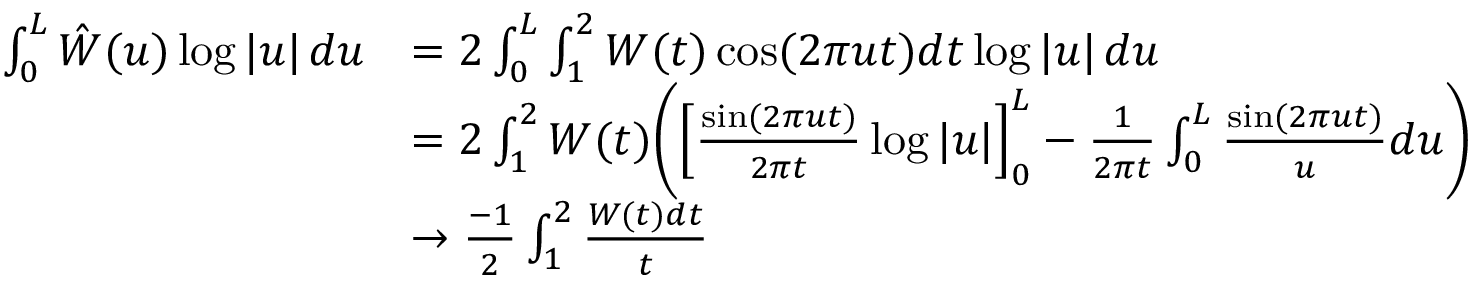
\begin{array} { r l } { \int _ { 0 } ^ { L } \hat { W } ( u ) \log | u | \, d u } & { = 2 \int _ { 0 } ^ { L } \int _ { 1 } ^ { 2 } W ( t ) \cos ( 2 \pi u t ) d t \log | u | \, d u } \\ & { = 2 \int _ { 1 } ^ { 2 } W ( t ) \biggl ( \Bigl [ \frac { \sin ( 2 \pi u t ) } { 2 \pi t } \log | u | \Bigr ] _ { 0 } ^ { L } - \frac { 1 } { 2 \pi t } \int _ { 0 } ^ { L } \frac { \sin ( 2 \pi u t ) } { u } d u \biggr ) } \\ & { \rightarrow \frac { - 1 } { 2 } \int _ { 1 } ^ { 2 } \frac { W ( t ) d t } { t } } \end{array}